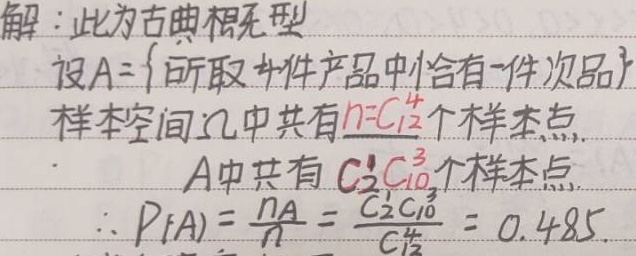
此为古典概型。设 \(A = \{\text{所取 4 件产品中恰有一件次品}\}\)。样本空间 \(\Omega\) 中共有 \(n = C_{12}^4\) 个样本点，\(A\) 中共有 \(C_{2}^1C_{10}^3\) 个样本点，\(\therefore P(A)=\frac{n_A}{n}=\frac{C_{2}^1C_{10}^3}{C_{12}^4}=0.485\)